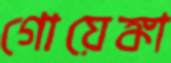
গোয়েঙ্কা